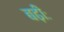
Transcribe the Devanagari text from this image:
बढ़ीः